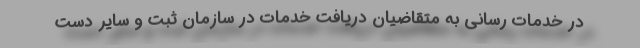
در خدمات رسانی به متقاضیانِ دریافت خدمات در سازمان ثبت و سایر دست